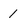
Character: 1